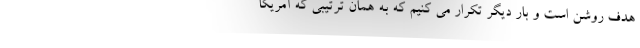
هدف روشن است و بار دیگر تکرار می کنیم که به همان ترتیبی که آمریکا